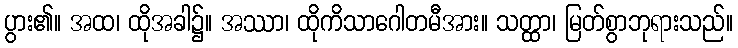
ပွား၏။ အထ၊ ထိုအခါ၌။ အဿာ၊ ထိုကိသာဂေါတမီအား။ သတ္ထာ၊ မြတ်စွာဘုရားသည်။